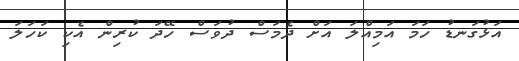
އަޅުގަނޑު ހަމަ އަމިއްލަ އަށް ދެމަސް ދުވަސް ހޭދަ ކުރިން އެކި ކަހަލަ